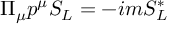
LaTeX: \Pi _ { \mu } p ^ { \mu } S _ { L } = - i m S _ { L } ^ { * }